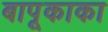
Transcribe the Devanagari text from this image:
बापूकाका